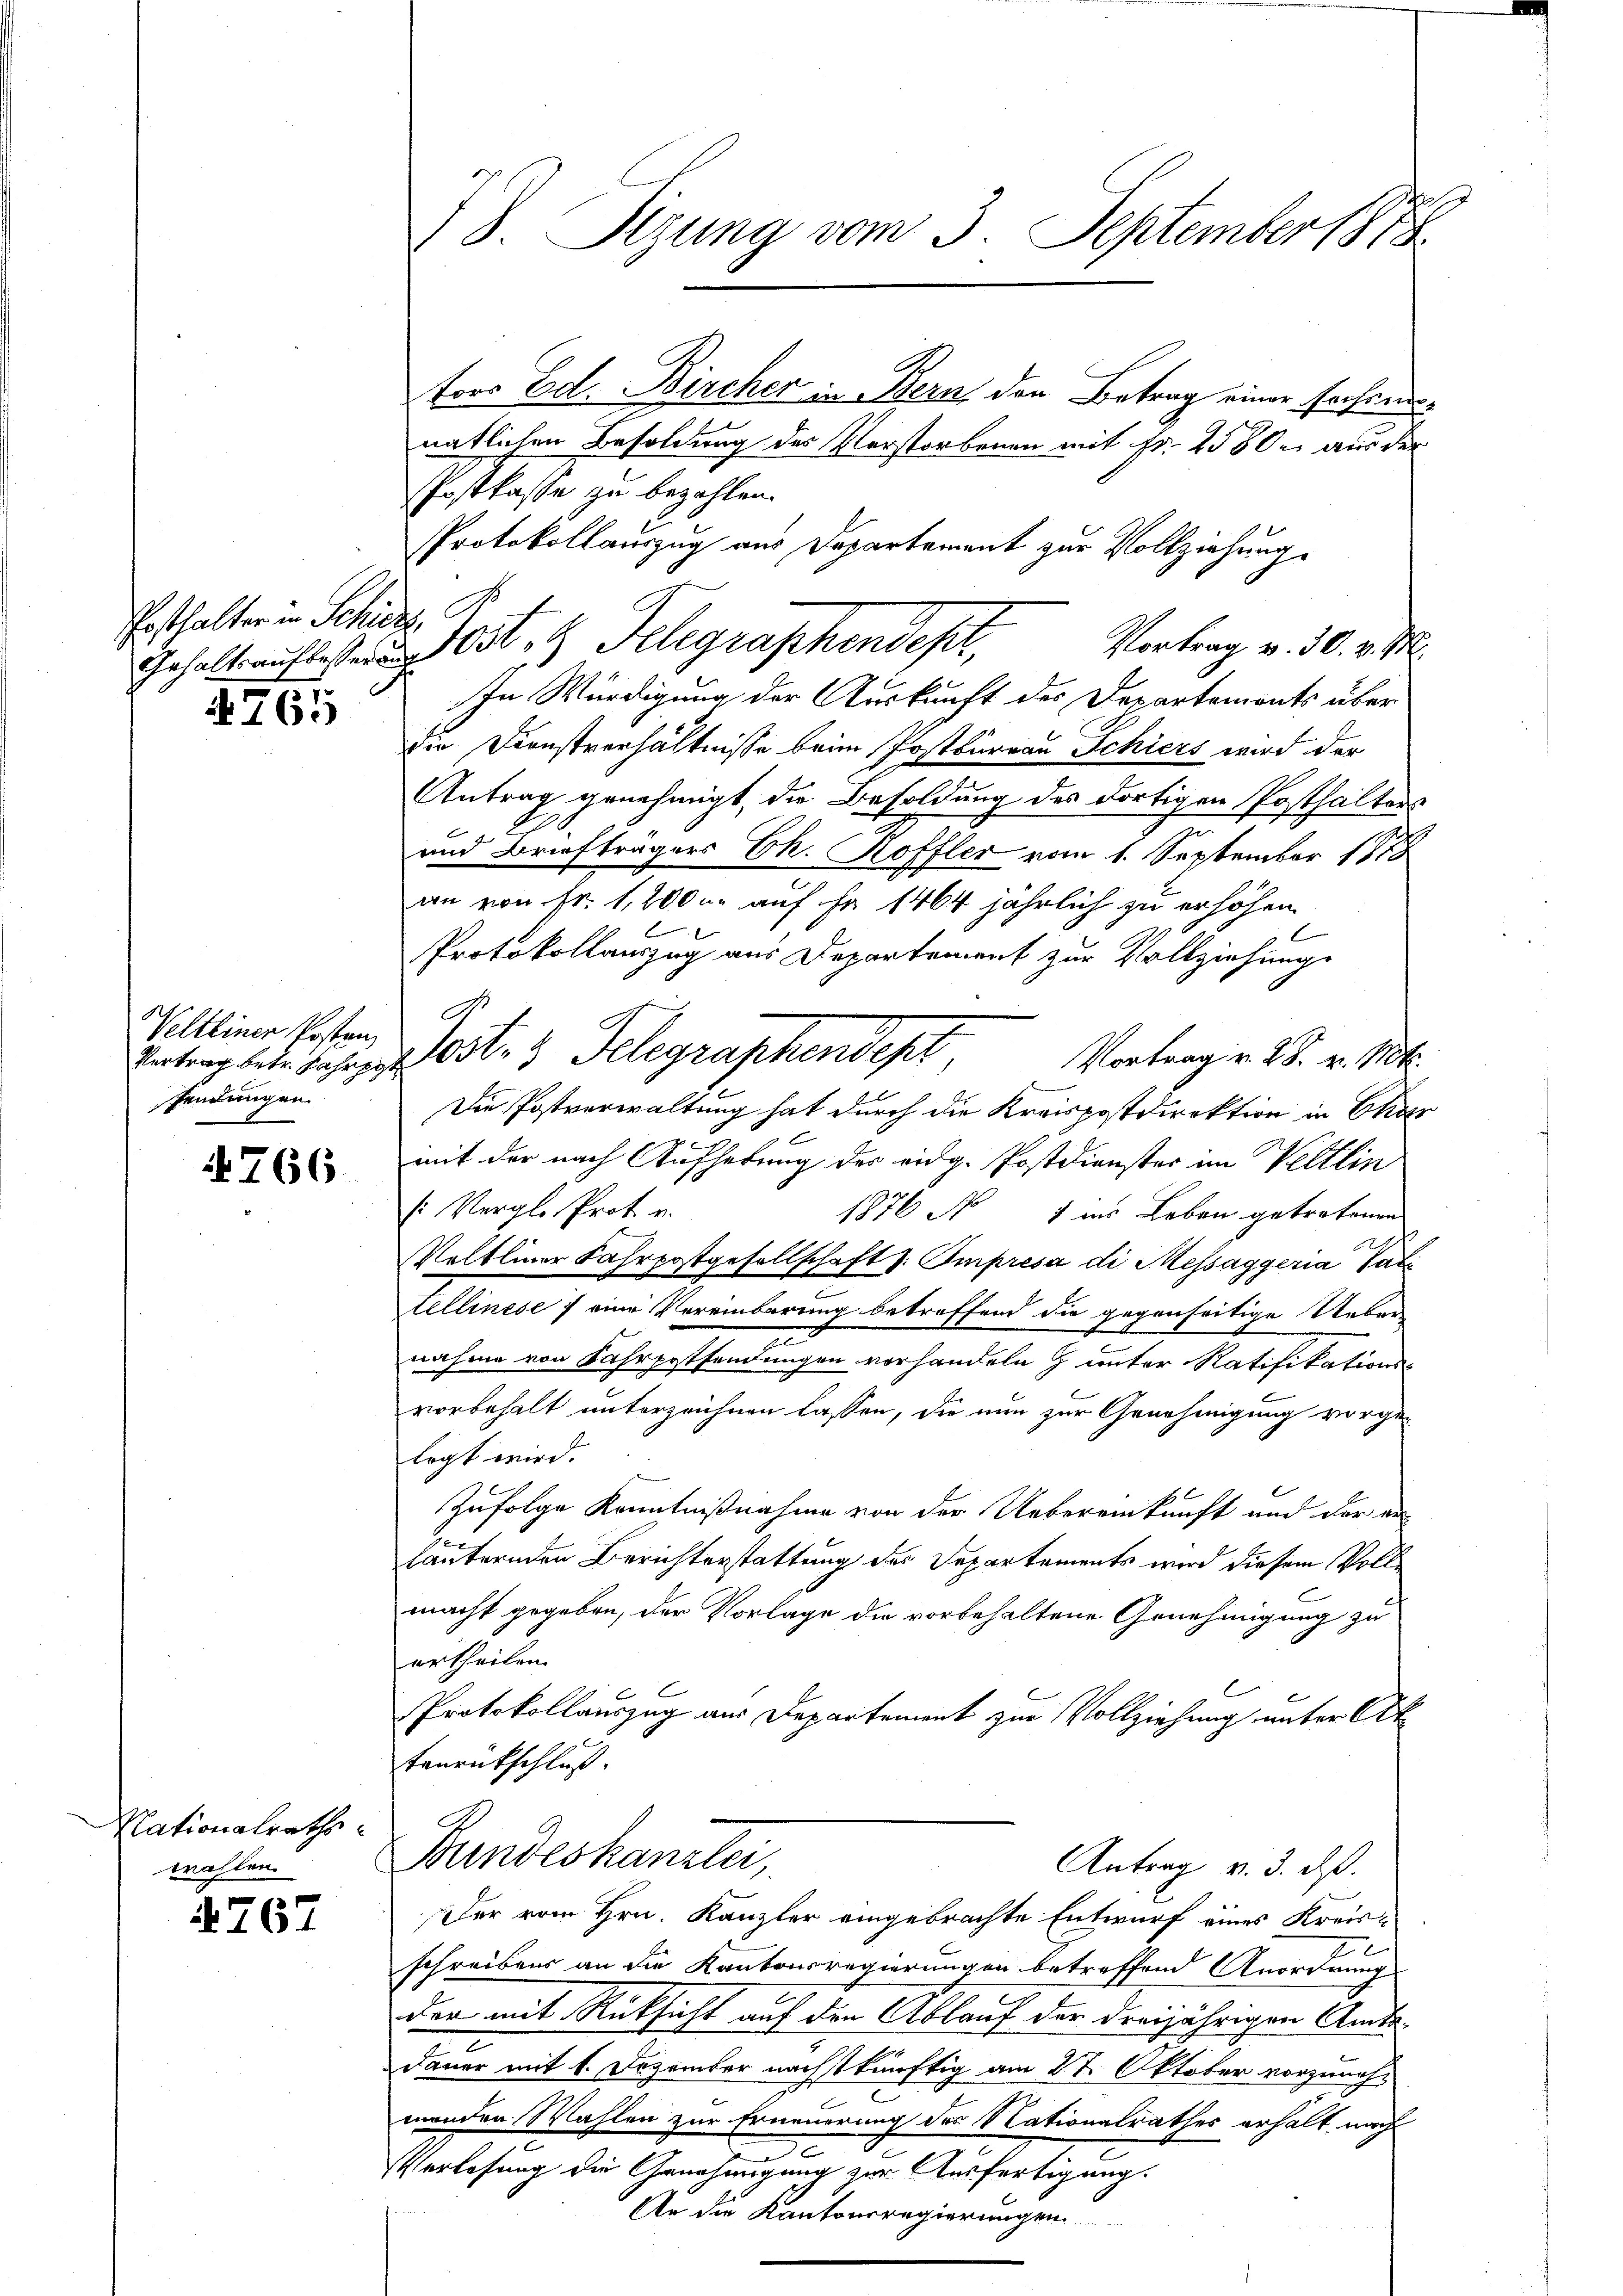
Pesthalter in Schiede, d

4765

Veltliner Posten
Vertrag betr. Fahrpost
sendungen.

4766

Nationalraths
wahlen

767

e
§ 8. Sizung vom 3. September 1818.

Gehalt auflesen 10t.  Telegraphendept,

G

tors Ed. Bircher in Bern den Betrag einer frohendsnatlichen Besoldung des Verstorbenen mit Fr. 2500 aus der
Postkasse zu bezahlen.
In Würdigung der Auskunft des Departemonts über
die Dienstverhältnisse beim Postbureau Schiers wird der
Antrag genehmigt, die Besoldung des dortigen Posthalters
und Briefträgers Ek. Hoffler vom 1. September 187
an von Fr. 1,200 u. auf Fr. 1464 jährlich zu erhöhen
E
Protokollauszug aus Departement zur Vollziehung
Not. 3 Telegraphendept
Vortrag v. 28. v. Mts.
Die Postverwaltung hat durch die Kreispostdirektion in Char
mit der nach Aufhebung des eidg. Postdienster im Veltlin
s: Vergle Prot u.
1876 No 1 in Leben getretenen
Veltliner Fahrpostgesellschaft s. Smpresa di Messaggeria Pat
rellinese 7 eine Vereinbarung betreffend die gegenseitige Ueber-
nahme von Fahrpostsendungen vorhandeln z unter Ratifikations-
vorbehalt unterzeichnen lassen, die nun zur Genehmigung vorge-
legt wird.
Zufolge Kenntnißnahme von der Uebereinkunft und der an
läuternden Berichterstattung des Departements wird diesem Vollmacht gegeben, der Vorlage die vorbehaltene Genehmigung zu
urtheilen.
Protokollauszug aus Departement zur Vollziehung unter Alt
Tanrückschluß.
Bundeskanzlei,
Antrag v. 3. ds.
Der vom Hrn. Kanzler eingebrachte Entwurf eines Kreis-
e
schreibens an die Kantonsregierungen betreffend Anordnung
der mit Rücksicht auf den Ablauf der dreijährigen Amts-
Dauer mit 1. Dezember nächstkünftig am 27. Oktober vorzunehmenden Wahlen zur Erneuerung des Nationalrathes erhält nach
Verlesung die Genehmigung zur Ausfertigung.
An die Kantonsregierungen

Protokollauszug aus Departement zur Vollziehung.
Vortrag v. 30. v. M.